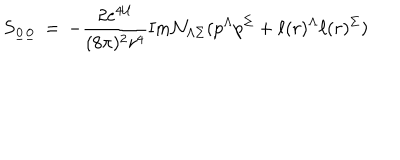
S _ { { \underline { { { 0 } } } } { \underline { { { 0 } } } } } \, = \, - \frac { 2 e ^ { 4 { \cal U } } } { ( 8 \pi ) ^ { 2 } r ^ { 4 } } \mathrm { I m } { \cal N } _ { \Lambda \Sigma } ( p ^ { \Lambda } p ^ { \Sigma } + \ell ( r ) ^ { \Lambda } \ell ( r ) ^ { \Sigma } )